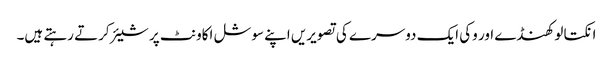
انکتا لوکھنڈے اور وکی ایک دوسرے کی تصویریں اپنے سوشل اکاونٹ پر شیئر کرتے رہتے ہیں۔